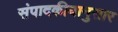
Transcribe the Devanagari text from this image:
संपादकीयानुसार